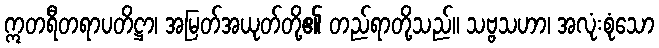
ဣတရီတရာပတိဋ္ဌာ၊ အမြတ်အယုတ်တို့၏ တည်ရာတို့သည်။ သဗ္ဗသဟာ၊ အလုံးစုံသော